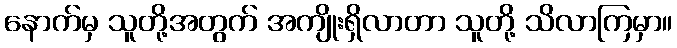
နောက်မှ သူတို့အတွက် အကျိုးရှိလာတာ သူတို့ သိလာကြမှာ။